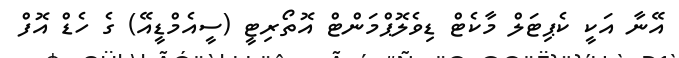
އޭނާ އަކީ ކެޕިޓަލް މާކެޓް ޑިވެލޮޕްމަންޓް އޮތޯރިޓީ (ސީއެމްޑީއޭ) ގެ ހެޑް އޮފް